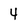
Character: 4